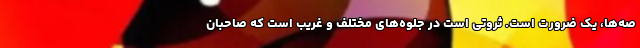
صه‌ها، یک ضرورت است. ثروتی است در جلوه‌های مختلف و غریب است که صاحبان